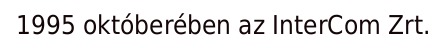
1995 októberében az InterCom Zrt.